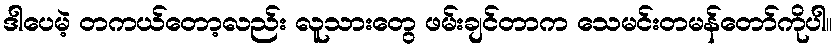
ဒါပေမဲ့ တကယ်တော့လည်း လူသားတွေ ဖမ်းချင်တာက သေမင်းတမန်တော်ကိုပါ။